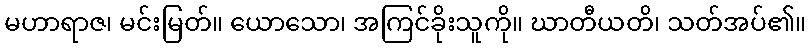
မဟာရာဇ၊ မင်းမြတ်။ ယောသော၊ အကြင်ခိုးသူကို။ ဃာတီယတိ၊ သတ်အပ်၏။